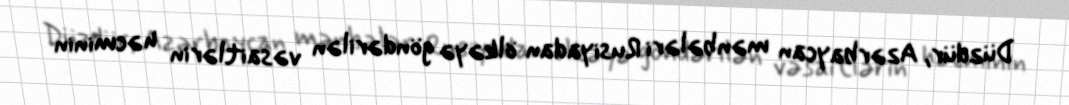
Düzdür, Azərbaycan mənbələri Rusiyadan ölkəyə göndərilən vəsaitlərin həcminin